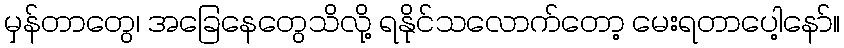
မှန်တာတွေ၊ အခြေနေတွေသိလို့ ရနိုင်သလောက်တော့ မေးရတာပေါ့နော်။